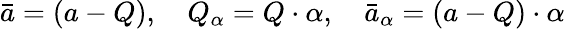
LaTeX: \bar{a}=(a-Q),\quad Q_{\alpha}=Q\cdot\alpha,\quad\bar{a}_{\alpha}=(a-Q)\cdot\alpha